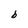
Character: b